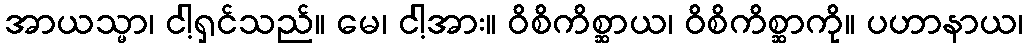
အာယသ္မာ၊ ငါ့ရှင်သည်။ မေ၊ ငါ့အား။ ဝိစိကိစ္ဆာယ၊ ဝိစိကိစ္ဆာကို။ ပဟာနာယ၊